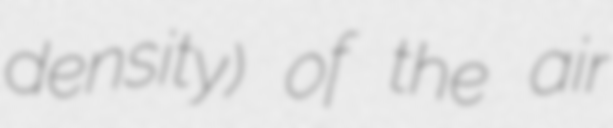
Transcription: density) of the air